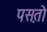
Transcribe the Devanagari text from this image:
पस़तो